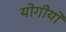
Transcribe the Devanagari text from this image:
योगीयों